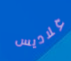
غلاديس